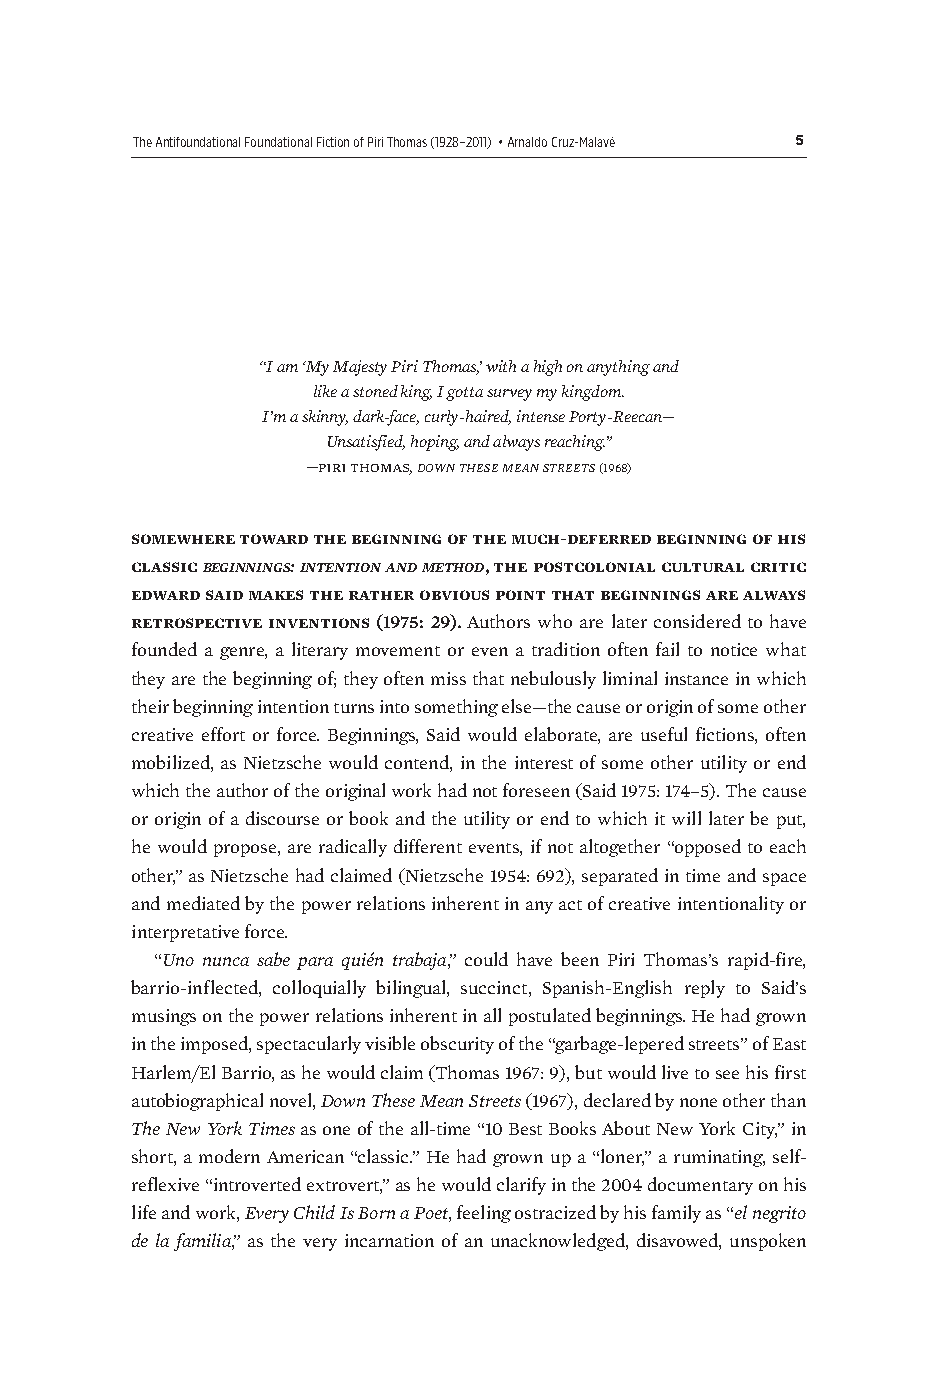
The Antifoundational Foundational Fiction of Piri Thomas (1928–2011) • Arnaldo Cruz-Malavé 5
 “I am ‘My Majesty Piri Thomas,’ with a high on anything and
 like a stoned king, I gotta survey my kingdom.
 I’m a skinny, dark-face, curly-haired, intense Porty-Reecan—
 Unsatisfied, hoping, and always reaching.”
 —piri thomas, down these mean streets (1968)
 somewhere toward the beginning of the much-deferred beginning of his
 classic beginnings: intention and method, the postcolonial cultural critic
 edward said makes the rather obvious point that beginnings are always
 retrospective inventions (1975: 29). Authors who are later considered to have
 founded a genre, a literary movement or even a tradition often fail to notice what
 they are the beginning of; they often miss that nebulously liminal instance in which
 their beginning intention turns into something else—the cause or origin of some other
 creative effort or force. Beginnings, Said would elaborate, are useful fictions, often
 mobilized, as Nietzsche would contend, in the interest of some other utility or end
 which the author of the original work had not foreseen (Said 1975: 174–5). The cause
 or origin of a discourse or book and the utility or end to which it will later be put,
 he would propose, are radically different events, if not altogether “opposed to each
 other,” as Nietzsche had claimed (Nietzsche 1954: 692), separated in time and space
 and mediated by the power relations inherent in any act of creative intentionality or
 interpretative force.
 “Uno nunca sabe para quién trabaja,” could have been Piri Thomas’s rapid-fire,
 barrio-inflected, colloquially bilingual, succinct, Spanish-English reply to Said’s
 musings on the power relations inherent in all postulated beginnings. He had grown
 in the imposed, spectacularly visible obscurity of the “garbage-lepered streets” of East
 Harlem/El Barrio, as he would claim (Thomas 1967: 9), but would live to see his first
 autobiographical novel, Down These Mean Streets (1967), declared by none other than
 The New York Times as one of the all-time “10 Best Books About New York City,” in
 short, a modern American “classic.” He had grown up a “loner,” a ruminating, self-
 reflexive “introverted extrovert,” as he would clarify in the 2004 documentary on his
 life and work, Every Child Is Born a Poet, feeling ostracized by his family as “el negrito
 de la familia,” as the very incarnation of an unacknowledged, disavowed, unspoken